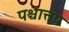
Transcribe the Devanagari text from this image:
पश्चात्तप